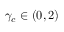
\gamma _ { c } \in ( 0 , 2 )